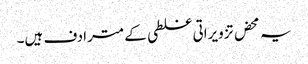
یہ محض تزویراتی غلطی کے مترادف ہیں۔